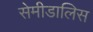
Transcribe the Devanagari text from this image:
सेमीडालिस